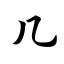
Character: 几